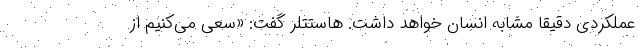
عملکردی دقیقا مشابه انسان خواهد داشت. هاستتلر گفت: «سعی می‌کنیم از